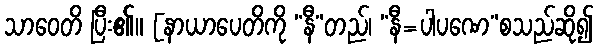
သာဝေတိ ပြီး၏။ [နာယာပေတိကို “နီ”တည်၊ “နီ=ပါပဏေ”စသည်ဆို၍